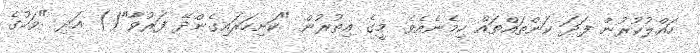
ހައްލުކުރުން ފަދަ ކަންތައްތައް ހިމެނެއެވެ. މީގެ އިތުރުން "ކަށިހަރައިގެންދޭ ފަރުވާ"() އަދި "ވަހުގެ